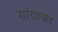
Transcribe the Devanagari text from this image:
सायाका